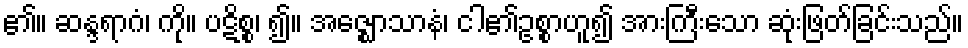
၏။ ဆန္ဒရာဂံ၊ ကို။ ပဋိစ္စ၊ ၍။ အဇ္ဈောသာနံ၊ ငါ၏ဥစ္စာဟူ၍ အားကြီးသော ဆုံးဖြတ်ခြင်းသည်။